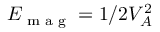
E _ { \textrm { m a g } } = 1 / 2 V _ { A } ^ { 2 }